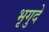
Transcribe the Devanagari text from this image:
भृगुदे